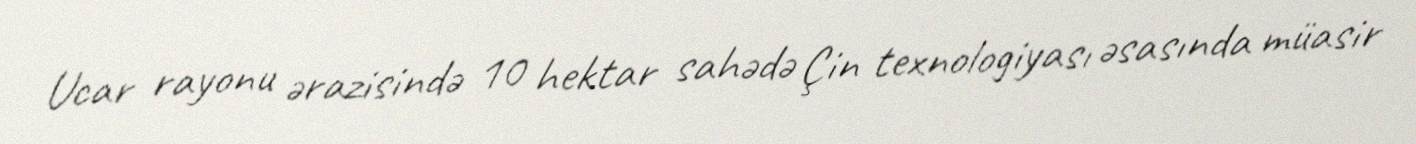
Ucar rayonu ərazisində 10 hektar sahədə Çin texnologiyası əsasında müasir